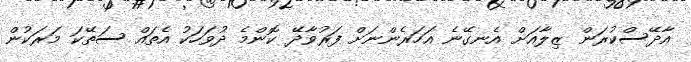
އާދޭސްކުރަން ޒިލާއަށް އެނގޭނެ އަހަރެންނަށް ފަރުވާދޭ ކޮންމެ ދުވަހަކު އެތައް ސަތޭކަ މަރަކުން